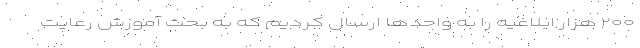
۲۰۰ هزار ابلاغیه را به واحدها ارسال کردیم که به بحث آموزشِ رعایت